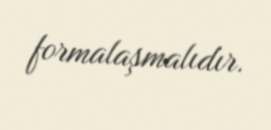
formalaşmalıdır.